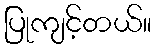
ပြုကျင့်တယ်။